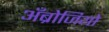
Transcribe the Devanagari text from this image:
अँब्रोजियो